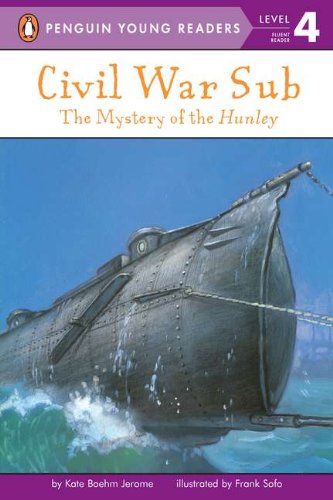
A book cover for Civil War Sub: the Mystery of the Hunley (Penguin Young Readers, Level 4); Kate Boehm Jerome; Children's Books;